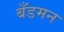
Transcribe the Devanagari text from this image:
बँडमन